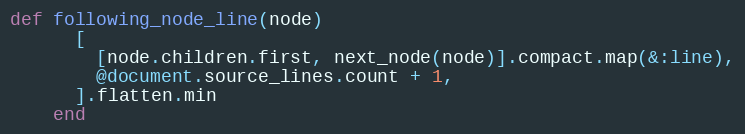
Language: Ruby
def following_node_line(node)
      [
        [node.children.first, next_node(node)].compact.map(&:line),
        @document.source_lines.count + 1,
      ].flatten.min
    end